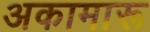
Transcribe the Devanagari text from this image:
अकामारू